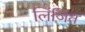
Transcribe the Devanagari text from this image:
लिंजित